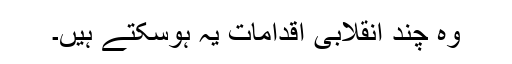
وہ چند انقلابی اقدامات یہ ہوسکتے ہیں۔